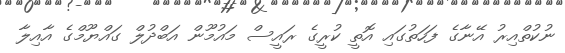
ނުކުތްއިރު އޭނާގެ ފަހަތުގައި އޮތީ ކުރީގެ ރައީސް މައުމޫން އަބްދުލް ގައްޔޫމްގެ އާއިލާ